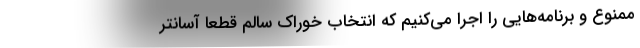
ممنوع و برنامه‌هایی را اجرا می‌کنیم که انتخاب خوراک سالم قطعاً آسانتر